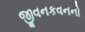
જીવનકવનનો